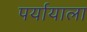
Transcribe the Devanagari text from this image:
पर्यायाला